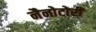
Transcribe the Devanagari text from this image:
नैनोटोरी